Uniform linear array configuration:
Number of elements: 4
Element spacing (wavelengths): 0.5
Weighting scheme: blackman
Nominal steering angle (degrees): -60
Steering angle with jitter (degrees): -58.176
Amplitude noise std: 0.05
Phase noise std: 0.05

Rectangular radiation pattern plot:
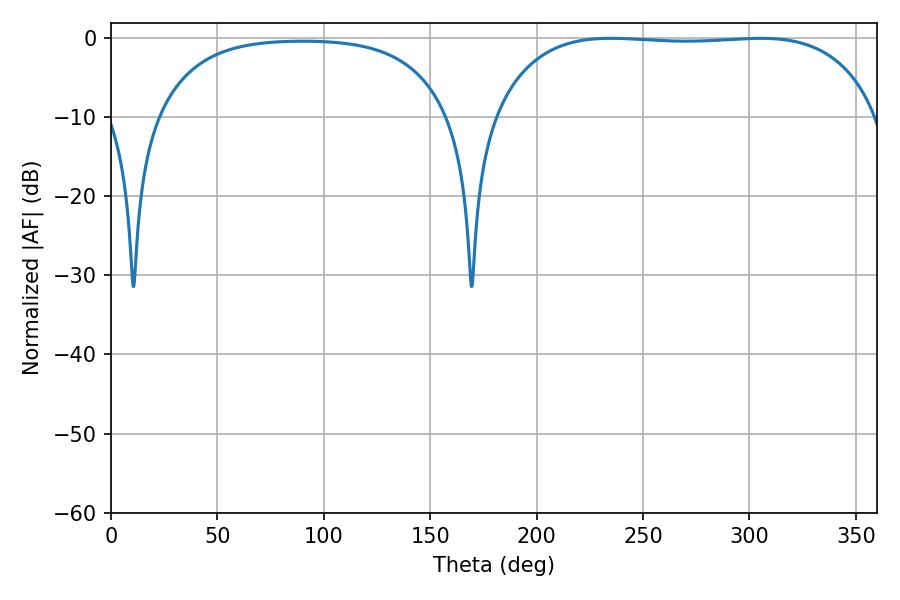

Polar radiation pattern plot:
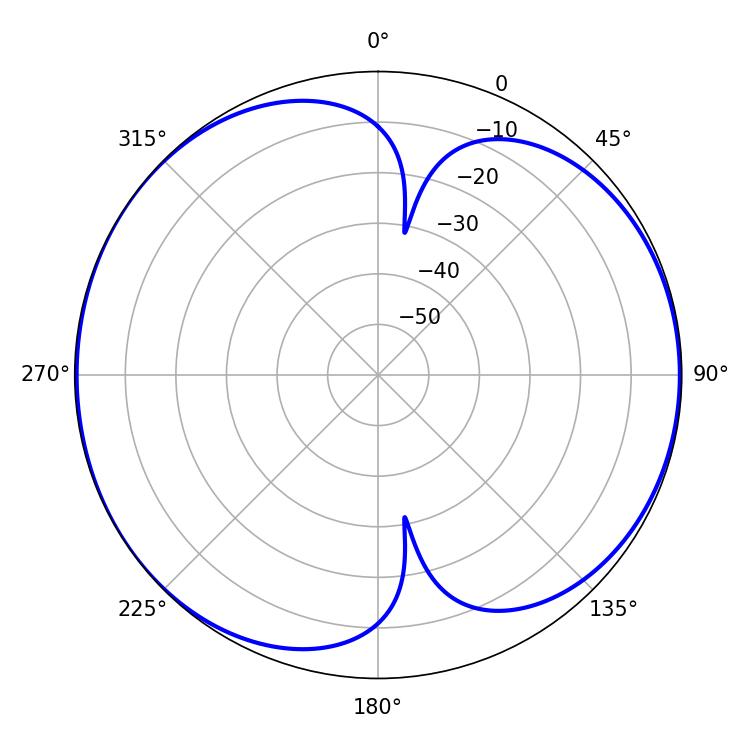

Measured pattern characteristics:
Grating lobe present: FALSE
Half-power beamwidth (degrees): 142.92
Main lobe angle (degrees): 234.72